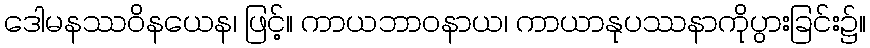
ဒေါမနဿဝိနယေန၊ ဖြင့်။ ကာယဘာဝနာယ၊ ကာယာနုပဿနာကိုပွားခြင်း၌။